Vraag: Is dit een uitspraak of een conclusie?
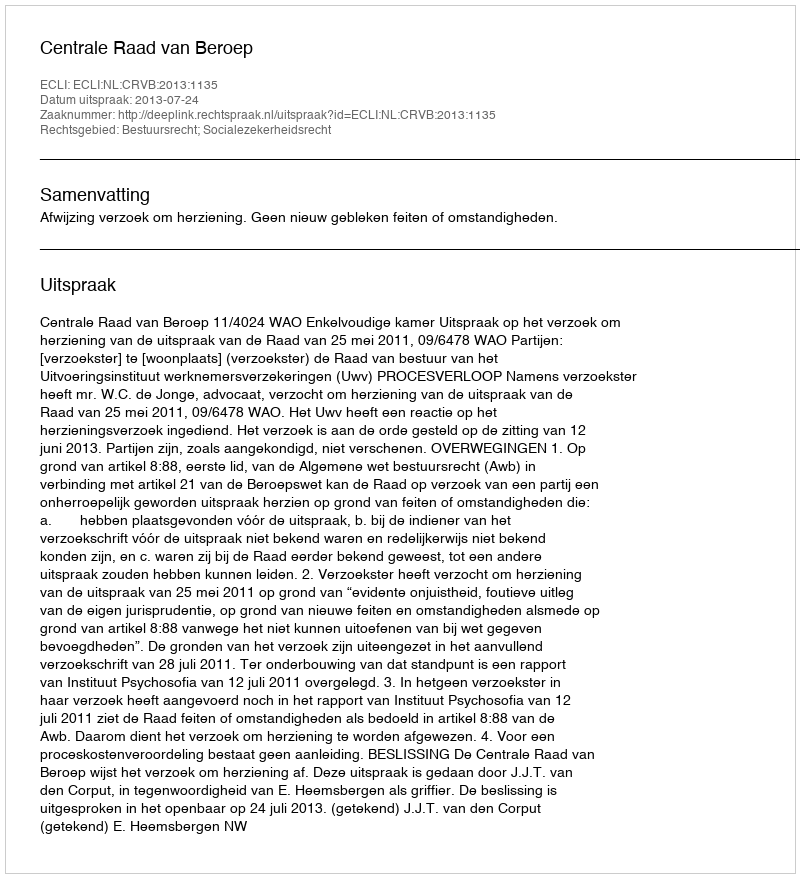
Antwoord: Uitspraak